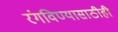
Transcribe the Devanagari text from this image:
रंगविण्यासाठीही